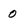
Character: 0